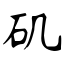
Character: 矶